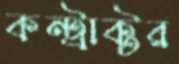
কন্ট্রাক্টর